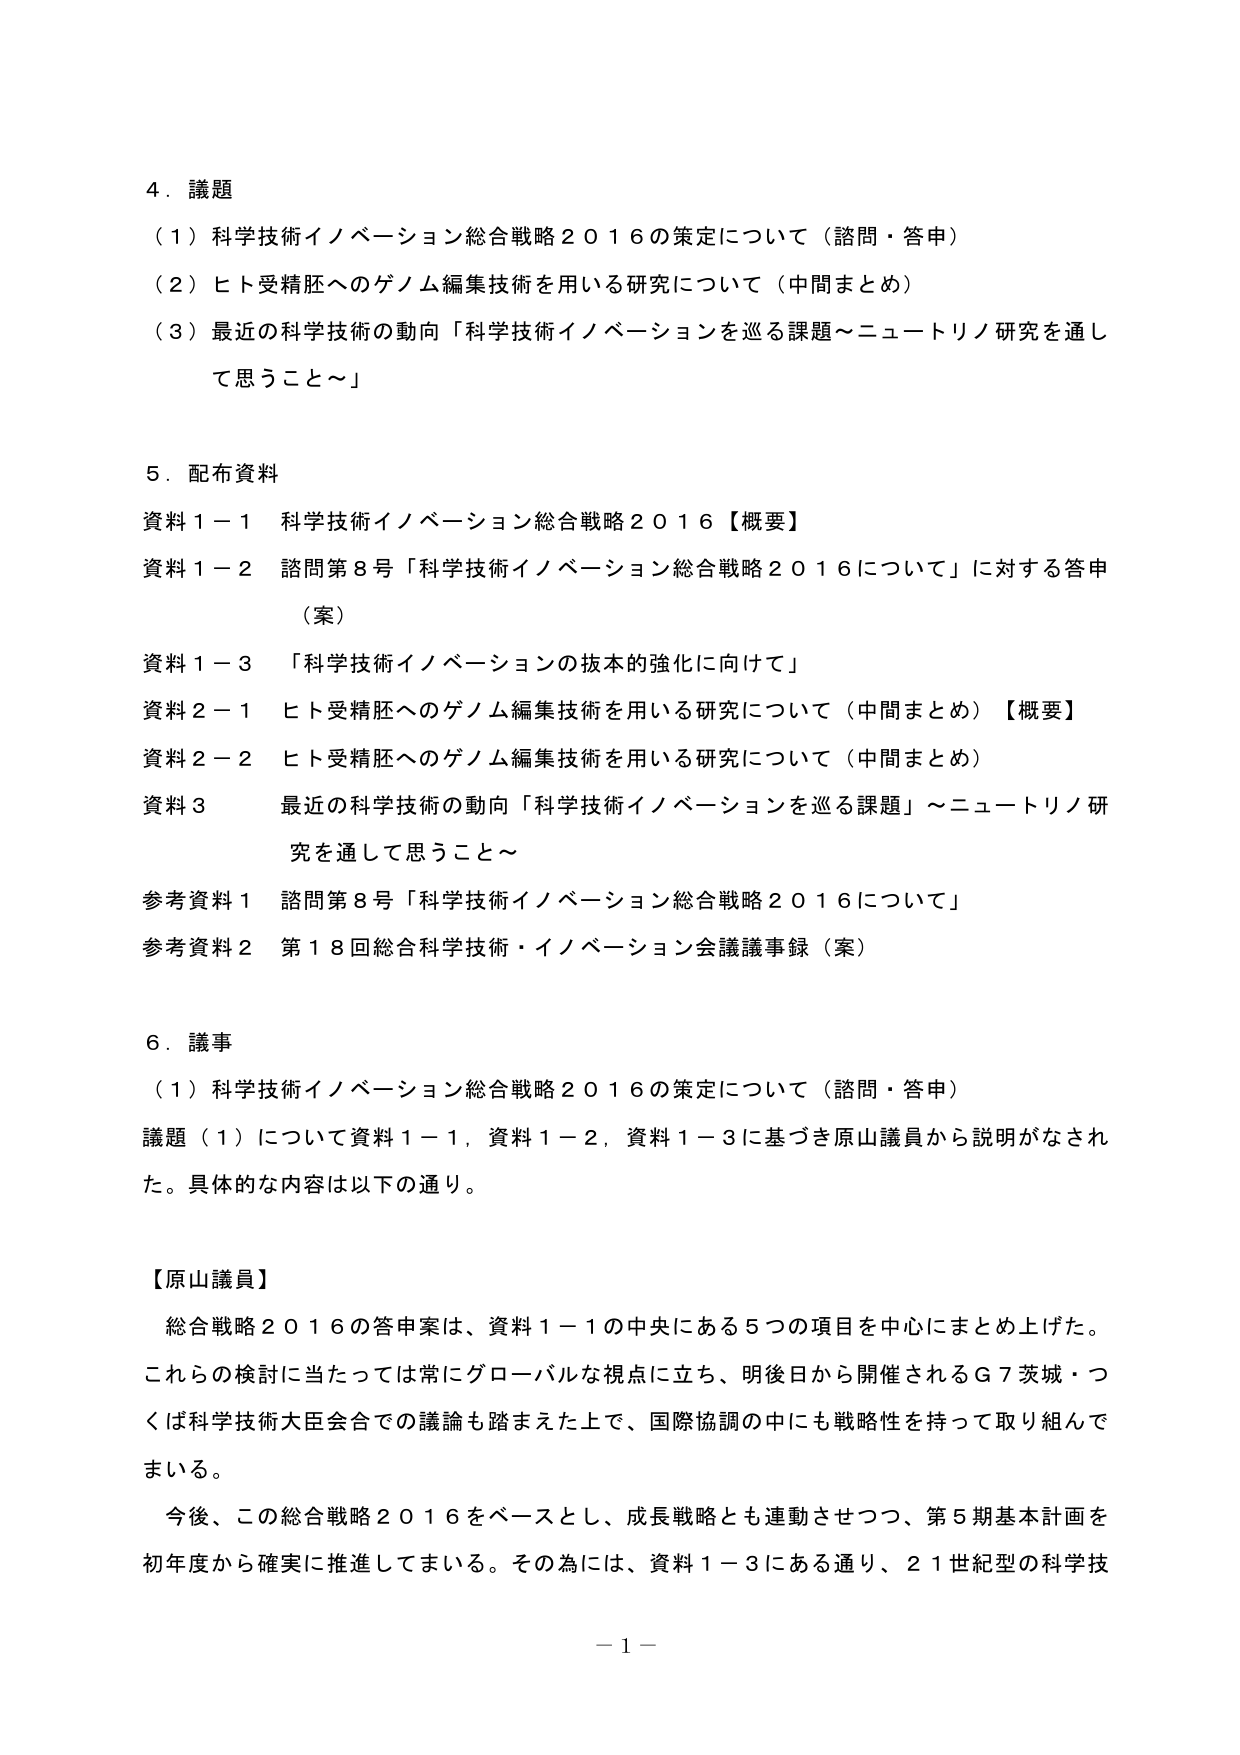
4．議題
（1）科学技術イノベーション総合戦略2016の策定について（諮問・答申）
（2）ヒト受精胚へのゲノム編集技術を用いる研究について（中間まとめ）
（3）最近の科学技術の動向「科学技術イノベーションを巡る課題～ニュートリノ研究を通して思うこと～」

5．配布資料
資料1－1　科学技術イノベーション総合戦略2016【概要】
資料1－2　諮問第8号「科学技術イノベーション総合戦略2016について」に対する答申（案）
資料1－3　「科学技術イノベーションの抜本的強化に向けて」
資料2－1　ヒト受精胚へのゲノム編集技術を用いる研究について（中間まとめ）【概要】
資料2－2　ヒト受精胚へのゲノム編集技術を用いる研究について（中間まとめ）
資料3　最近の科学技術の動向「科学技術イノベーションを巡る課題」～ニュートリノ研究を通して思うこと～
参考資料1　諮問第8号「科学技術イノベーション総合戦略2016について」
参考資料2　第18回総合科学技術・イノベーション会議議事録（案）

6．議事
（1）科学技術イノベーション総合戦略2016の策定について（諮問・答申）
議題（1）について資料1－1、資料1－2、資料1－3に基づき原山議員から説明がなされた。具体的な内容は以下の通り。

【原山議員】
総合戦略2016の答申案は、資料1－1の中央にある5つの項目を中心にまとめ上げた。これらの検討に当たっては常にグローバルな視点に立ち、明後日から開催されるG7茨城・つくば科学技術大臣会合での議論も踏まえた上で、国際協調の中にも戦略性を持って取り組んでいる。
今後、この総合戦略2016をベースとし、成長戦略とも連動させつつ、第5期基本計画を初年度から確実に推進してまいる。その為には、資料1－3にある通り、21世紀型の科学技

－1－